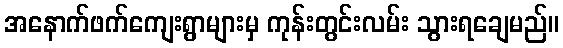
အနောက်ဖက်ကျေးရွာများမှ ကုန်းတွင်းလမ်း သွားရချေမည်။